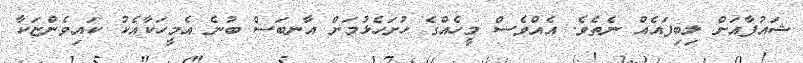
ޝައުފާއަށް ލިބިފައެއް ނެތެވެ. އެއްވެސް މީހެއްގެ ހުށަހެޅުމަށް އާނބަސް ބުނެ އެމީހަކާއެކު ކައިވެންޏަކާ